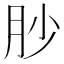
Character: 䏚